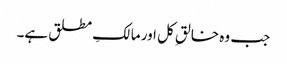
جب وہ خالقِ کل اور مالکِ مطلق ہے۔